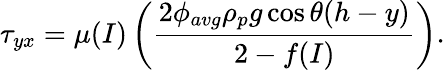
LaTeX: \tau_{yx}=\mu(I)\left(\frac{2\phi_{avg}\rho_{p}g\cos\theta(h-y)}{2-f(I)}\right).